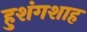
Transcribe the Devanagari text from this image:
हुशंगशाह